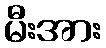
မီးအား